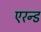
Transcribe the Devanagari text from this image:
एरन्ड